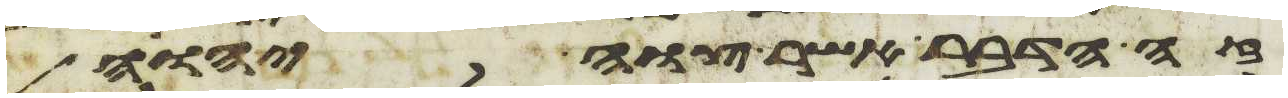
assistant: זה הדבר אשר צוה יהוה